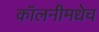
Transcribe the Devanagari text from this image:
कॉलनीमधेच